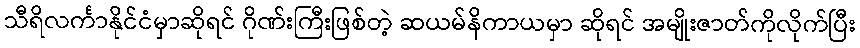
သီရိလင်္ကာနိုင်ငံမှာဆိုရင် ဂိုဏ်းကြီးဖြစ်တဲ့ ဆယမ်နိကာယမှာ ဆိုရင် အမျိုးဇာတ်ကိုလိုက်ပြီး